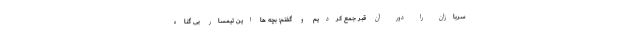
سربازان را دور آن قبر جمع کردیم و گفتم: بچه ها این تیمسار بی گناه